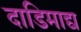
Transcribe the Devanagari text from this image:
दाडिमाद्य